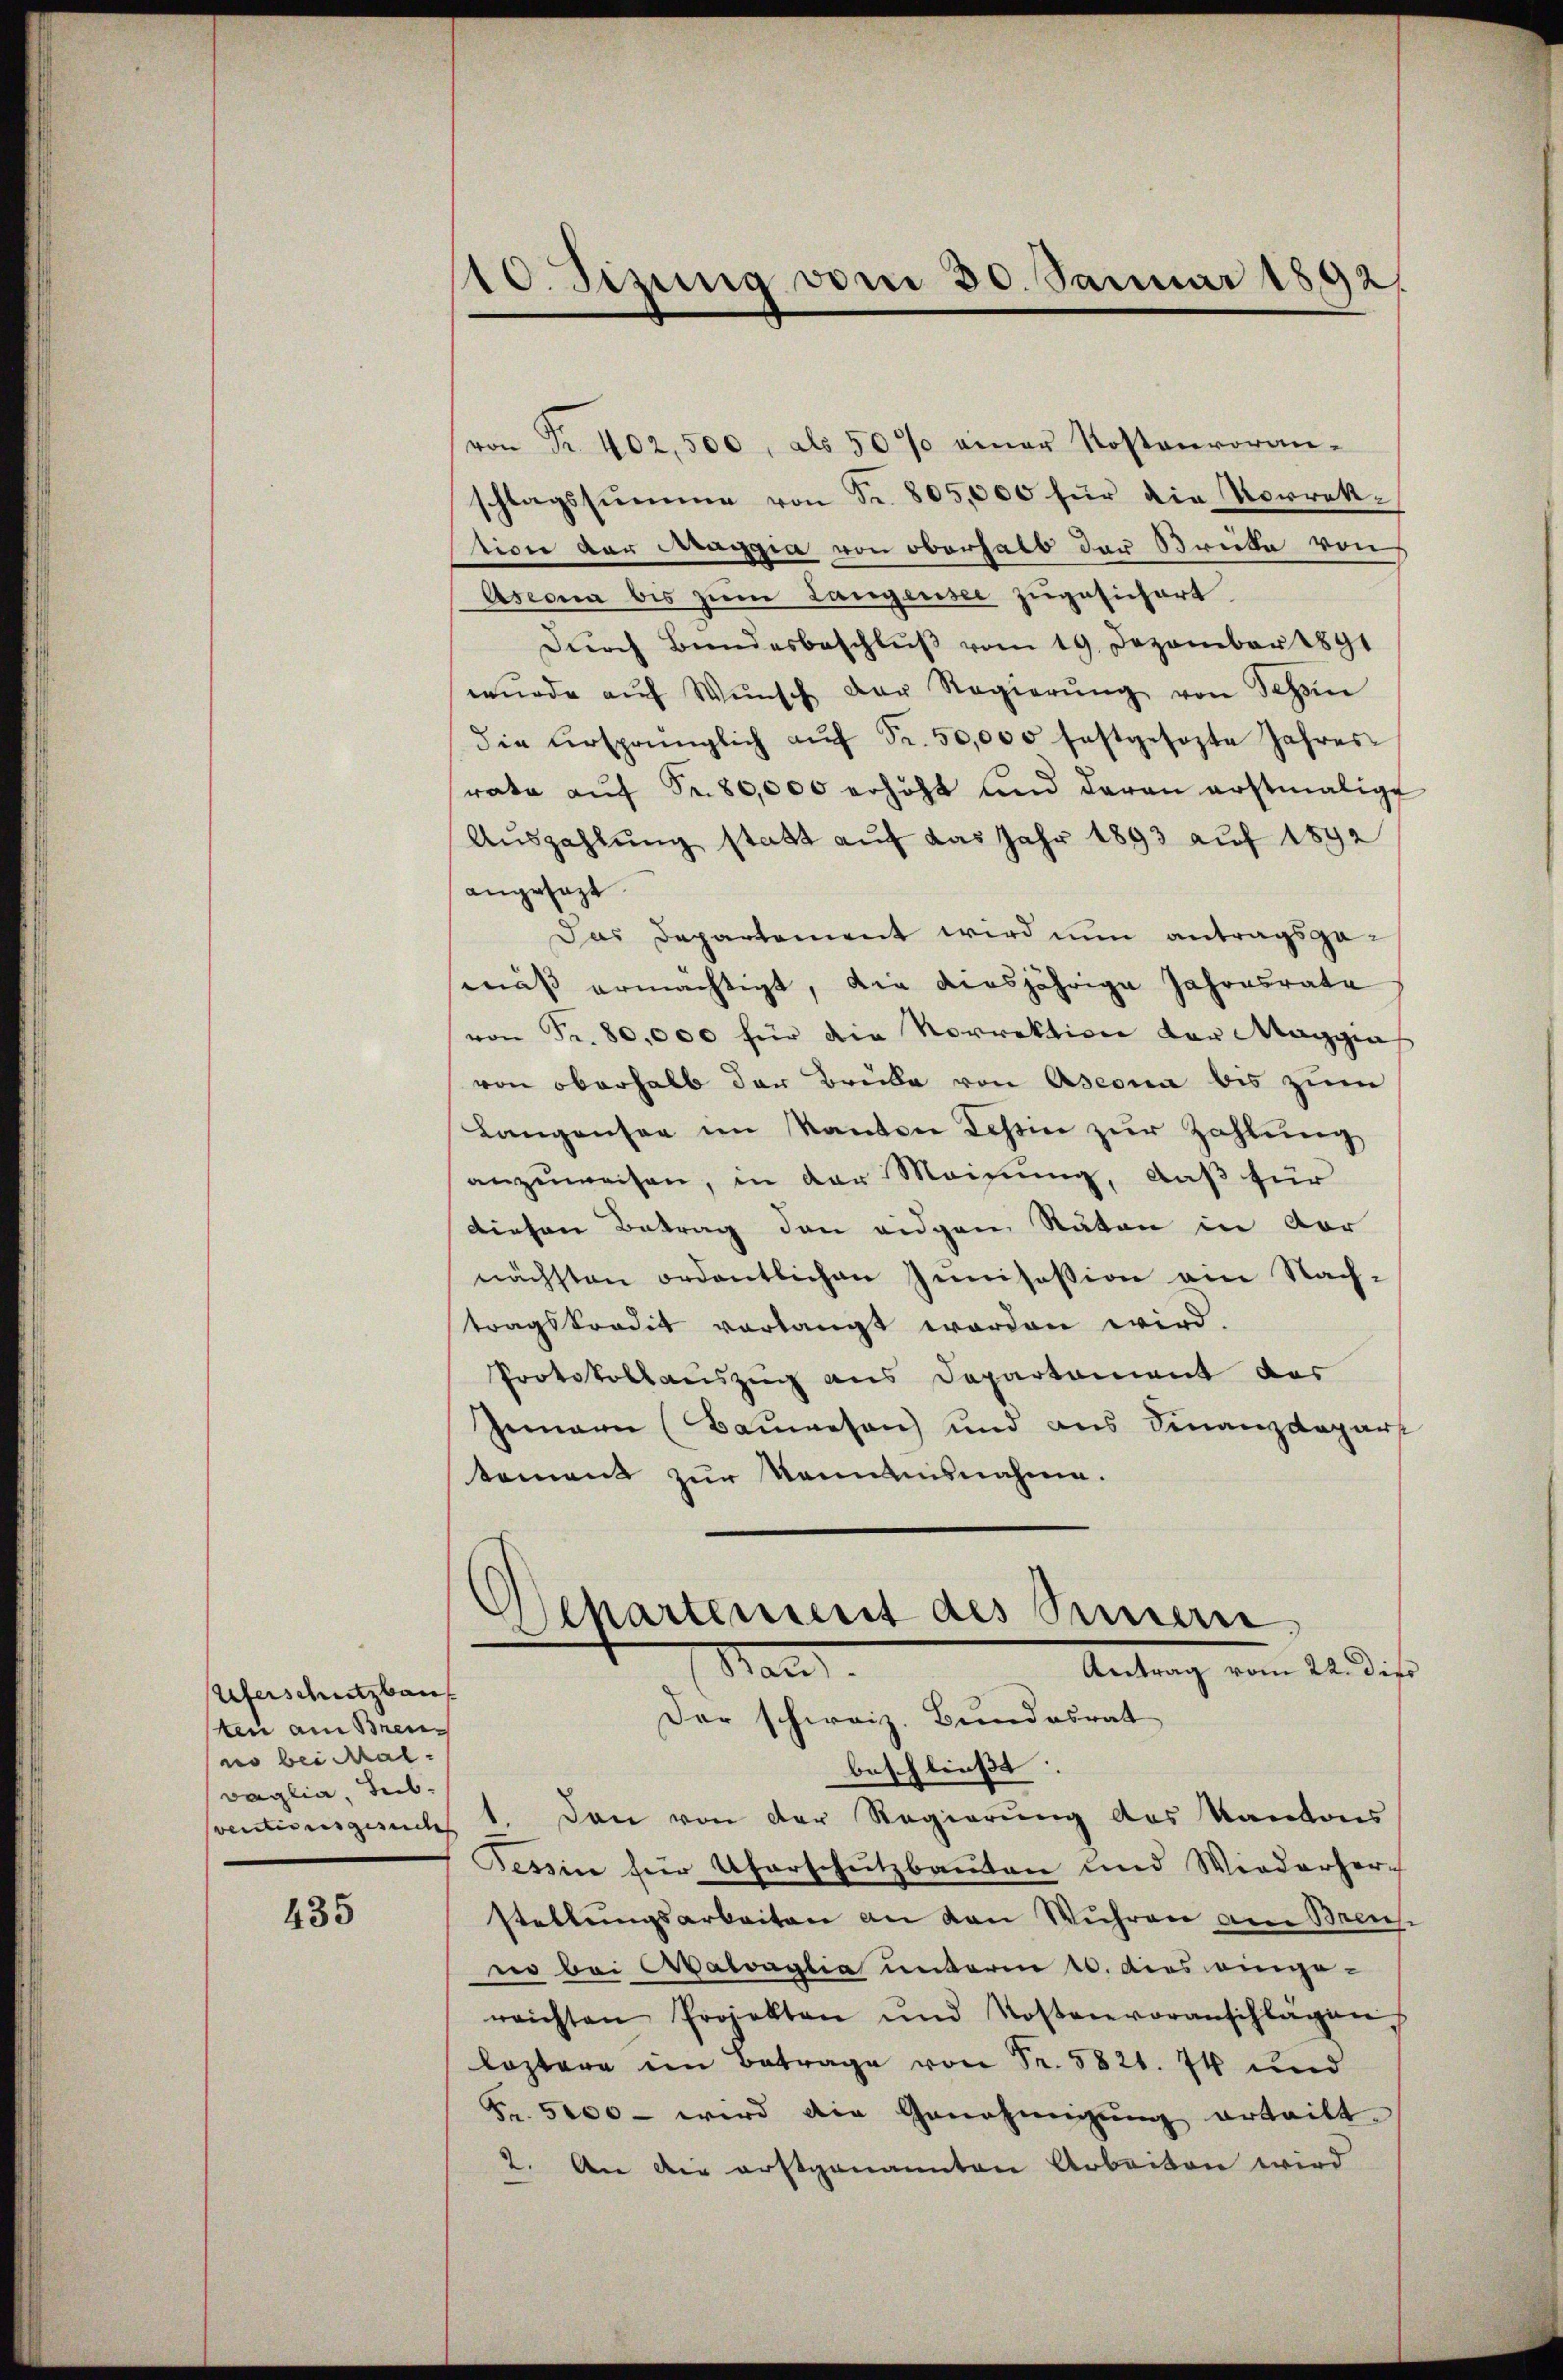
Uferschutzbau
ten am Brenno bei hat.
vaglia, Teil-

435

10. Sizung vom 30. Januar 1892

von Fr. 402, 500, als 50% einer Kostenvoran-
schlagssŭmme von Fr. 805,000 für die Vorrek-
tion der Maggia von oberhalb der Streite von
Aseona bis zum Langensee zugesichert
Dŭrch Bŭndesbeschlŭβ vom 19. Dezember 1891
wŭrde aŭf Wŭnsch der Regierŭng von Schön
die ursprünglich aŭf Fr. 50,000 festgesezte Jahres
rata aŭf Fr. 80,000 erhöht und daran erstmalige
Auszahlung statt auf das Jahr 1893 auf 1892
angesagt.
Das Departement wird nun antragsgamäß ermächtigt, die diesjährige Jahresrate
von Fr. 80,000 für die Vorrektion der Maggias
von oberhalb der Breibe von Ascona bis zum
Langensee im Kanton Tessin zur Zahlung
anzuweisen, in der Meisung, daß für
diesen Betrag den eidgen Räten in Vor
nächsten ordentlichen Junisession ein Nach-
tragskredit verlangt worden wird.
Protokollauszug aus Departement der
Gemain (Baŭwesen und ans Finanzdepart
tement zur Kenntnisnahme.
lhartement des Sinnern
Mand
Antrag vom 22. dipo
Der schweiz. Bundesrat
beschließt:
ventionsgesuch 1. Den von der Regierung des Kantons
Tessin für Uferschutzbauten und Wiederher-
stellungsarbeiten an den Wuhren am Breis
ne bei Watraglia unterm 10. dies eingereichten Projekten und Kostenvoranschlägen
leztere im Betrage von Fr. 5821. 74 und
Fr. 5000 - wird die Genehmigung erteilt.
2. An die erstgenannten Arbeiten wird